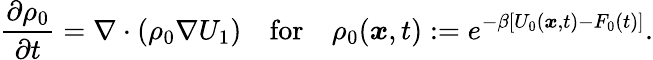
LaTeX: \frac{\partial\rho_{0}}{\partial t}=\nabla\cdot(\rho_{0}\nabla U_{1})\quad\mathrm{for}\quad\rho_{0}({\boldsymbol{x}},t):=e^{-\beta[U_{0}({\boldsymbol{x}},t)-F_{0}(t)]}.